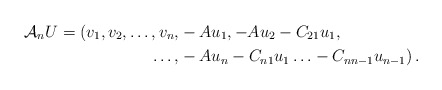
\begin{align*}\mathcal{A}_nU=(v_1,v_2,\ldots, v_n, & -Au_1,-Au_2 - C_{21}u_1, \\\ldots, & -Au_n -C_{n1}u_1 \ldots - C_{nn-1}u_{n-1}) \,.\end{align*}